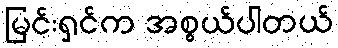
မြင်းရှင်က အစွယ်ပါတယ်